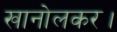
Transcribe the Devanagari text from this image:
खानोलकर।